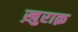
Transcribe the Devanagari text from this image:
ख़ुराक़